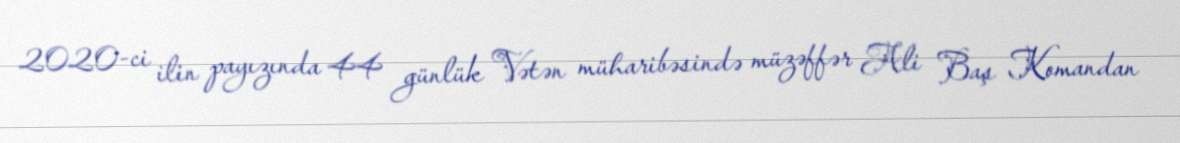
2020-ci ilin payızında 44 günlük Vətən müharibəsində müzəffər Ali Baş Komandan